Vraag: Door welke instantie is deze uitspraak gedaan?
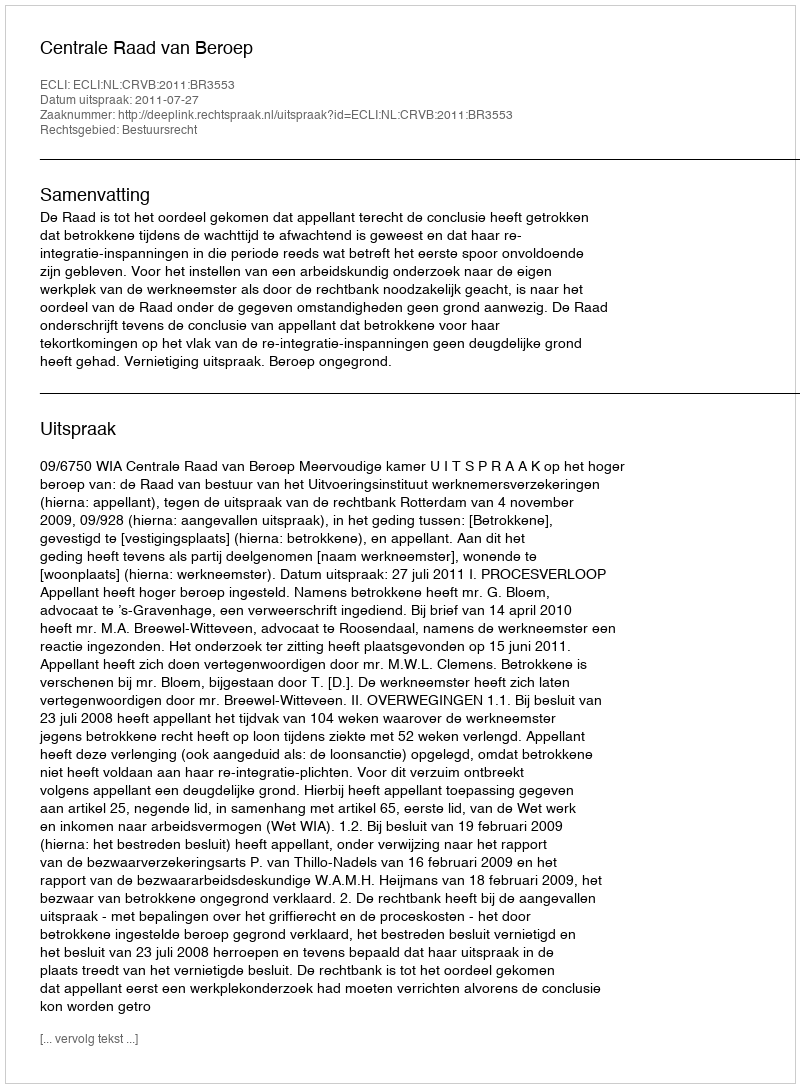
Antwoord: Centrale Raad van Beroep